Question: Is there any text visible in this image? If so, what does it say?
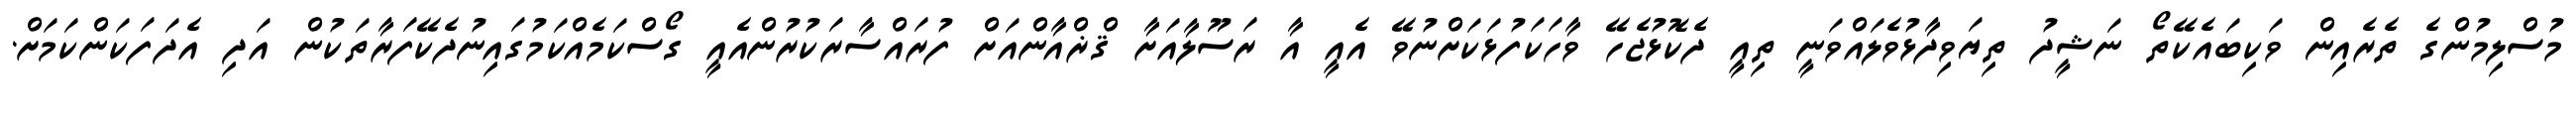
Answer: މުސްލިމުންގެ ތެރެއިން ވަކިބައެކޭތޯ ނަޝީދު ތިޔަވިދާޅުވެލައްވަނީ ތިއީ ދެކޮޅުޖެހޭ ވާހަކަފުޅަކަށްނުވޭ އެއީ އާ ރަސޫލާއަށާ ޤްޜްއާންއަށް ފުރައްސާރަކުރުންއެއީ ގޯސްކަމެއްކަމުގައިނުދެކޭފަރާތަކުން އަދި އެދަފަކަންކަމަށް.